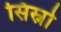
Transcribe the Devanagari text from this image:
सिस्नो